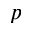
p